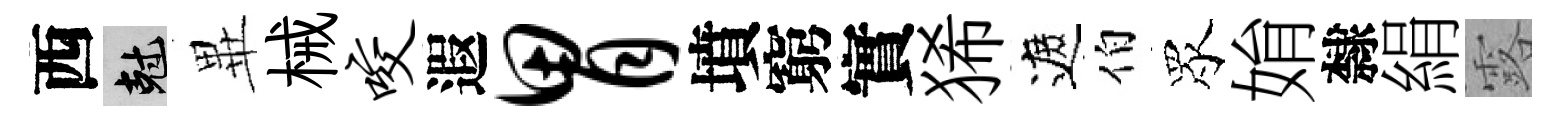
西剋𭺾械咬遐胃墳窮實狶遮伯眾姢隸絹露